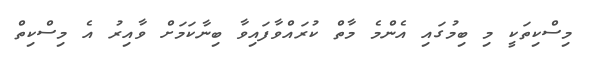
މިސްކިތަކީ މި ބިމުގައި އެންމެ މާތް ކުރައްވާފައިވާ ބިނާކަމަށް ވާއިރު އެ މިސްކިތް